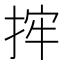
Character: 𢭂